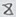
Text: 8